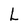
Character: L